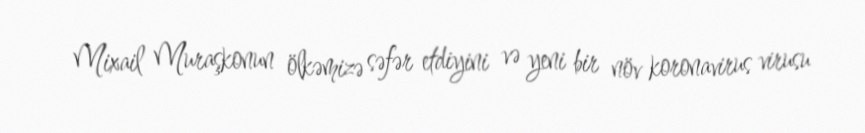
Mixail Muraşkonun ölkəmizə səfər etdiyini və yeni bir növ koronavirus virusu